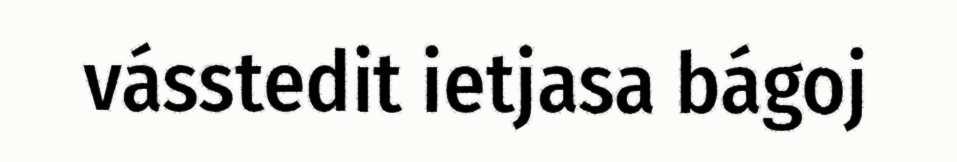
vásstedit ietjasa bágoj